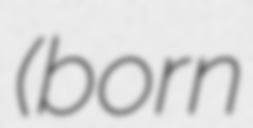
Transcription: (born